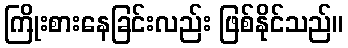
ကြိုးစားနေခြင်းလည်း ဖြစ်နိုင်သည်။